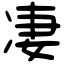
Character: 凄